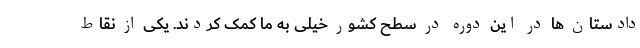
دادستان ها در این دوره در سطح کشور خیلی به ما کمک کردند. یکی از نقاط